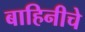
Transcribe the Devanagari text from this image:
बाहिनीचे